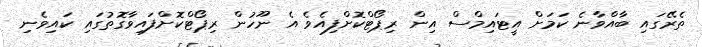
ތެރޭގައި ބާއްވާނެ ކަމަށް އީޓައިމްސް އިން ރިޕޯޓްކޮށްފިއެވެ އެ ނޫހުން ރިޕޯޓްކޮށްފައިވާގޮތުގައި ކައިވެނި